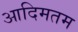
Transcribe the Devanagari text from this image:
आदिमतम